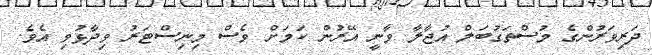
ދަރިވަރުންގެ މުސްތަގުބަލް އުޖާލާ ވާނީ އޭރުން ކަމަށް ވެސް މިނިސްޓަރު ވިދާޅުވި އެވެ.